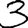
Digit: 3